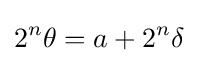
2^{n}\theta =a+2^{n}\delta